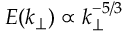
E ( k _ { \perp } ) \propto k _ { \perp } ^ { - 5 / 3 }